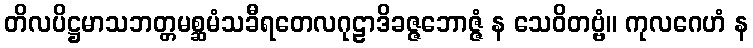
တိလပိဋ္ဌမာသဘတ္တမစ္ဆမံသခီရတေလဂုဠာဒိခဇ္ဇဘောဇ္ဇံ န သေဝိတဗ္ဗံ။ ကုလဂေဟံ န